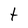
Character: t